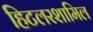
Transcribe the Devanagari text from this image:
हिटलरशामिल